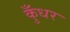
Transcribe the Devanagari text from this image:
कुँधर